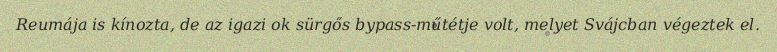
Reumája is kínozta, de az igazi ok sürgős bypass-műtétje volt, melyet Svájcban végeztek el.